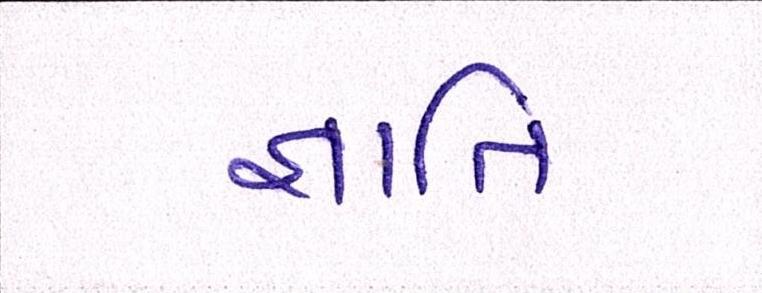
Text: જ્ઞાાતિ